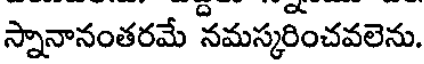
స్నానానంతరమే నమస్కరించవలెను.